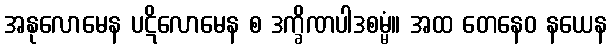
အနုလောမေန ပဋိလောမေန စ ဒက္ခိဏပါဒစမ္မံ။ အထ တေနေဝ နယေန